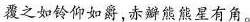
覆之如铃仰如爵，赤瓣熊熊星有角。